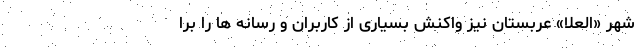
شهر «العلا» عربستان نیز واکنش بسیاری از کاربران و رسانه ها را برا